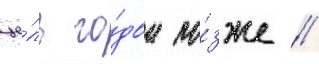
це́ль го́дом по́зже //